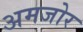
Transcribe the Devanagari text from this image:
अमजोर